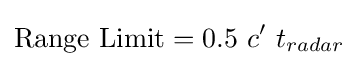
{\text{Range Limit}}=0.5\ c'\ t_{radar}